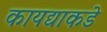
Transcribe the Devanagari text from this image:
कायद्याकडे